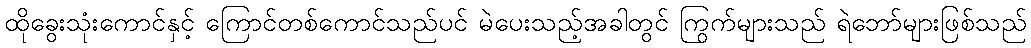
ထိုခွေးသုံးကောင်နှင့် ကြောင်တစ်ကောင်သည်ပင် မဲပေးသည့်အခါတွင် ကြွက်များသည် ရဲဘော်များဖြစ်သည်